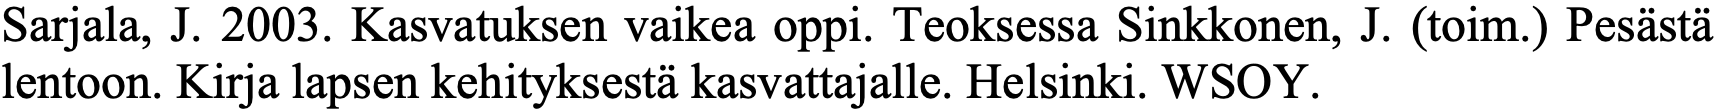
Sarjala, J. 2003. Kasvatuksen vaikea oppi. Teoksessa Sinkkonen, J. (toim.) Pesästä lentoon. Kirja lapsen kehityksestä kasvattajalle. Helsinki. WSOY.